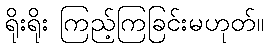
ရိုးရိုး ကြည့်ကြခြင်းမဟုတ်။